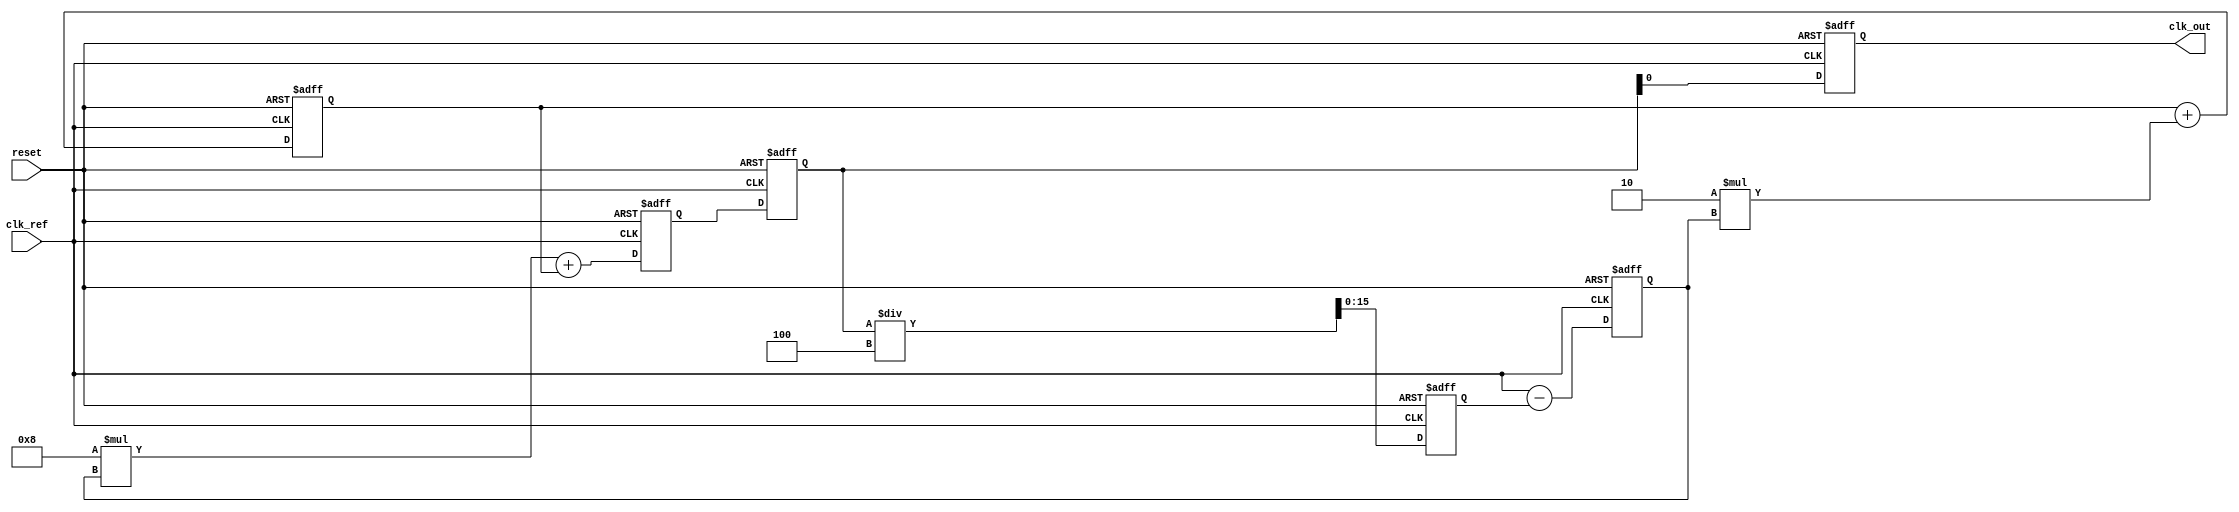
module type2_pll (
    input wire clk_ref,          // Reference clock input
    input wire reset,            // Asynchronous reset
    output reg clk_out           // Output clock
);

    // Parameters
    parameter DIV_RATIO = 4;     // Division ratio for feedback
    parameter Kp = 8;             // Proportional gain
    parameter Ki = 2;             // Integral gain

    // Internal signals
    reg [15:0] phase_error;       // Phase error signal
    reg [15:0] control_voltage;    // Control voltage for VCO
    reg [15:0] vco_output;         // Output frequency of VCO
    reg [15:0] feedback;           // Feedback signal from divider
    reg [15:0] integrator;         // Integrator for loop filter

    // Phase Detector (PD)
    always @(posedge clk_ref or posedge reset) begin
        if (reset) begin
            phase_error <= 0;
        end else begin
            // Simple phase comparison logic (placeholder)
            // Assume phase_error is calculated based on reference and feedback
            phase_error <= clk_ref - feedback; // Placeholder logic
        end
    end

    // Loop Filter (Type-2)
    always @(posedge clk_ref or posedge reset) begin
        if (reset) begin
            integrator <= 0;
            control_voltage <= 0;
        end else begin
            // Proportional term
            control_voltage <= (Kp * phase_error) + integrator;
            // Integrator term (simplified)
            integrator <= integrator + (Ki * phase_error);
        end
    end

    // Voltage-Controlled Oscillator (VCO)
    always @(posedge clk_ref or posedge reset) begin
        if (reset) begin
            vco_output <= 0;
        end else begin
            // VCO output frequency controlled by control voltage
            vco_output <= control_voltage; // Simplified VCO behavior
        end
    end

    // Feedback Divider
    always @(posedge clk_ref or posedge reset) begin
        if (reset) begin
            feedback <= 0;
        end else begin
            // Feedback division logic
            feedback <= vco_output / DIV_RATIO; // Placeholder for feedback
        end
    end

    // Output clock generation
    always @(posedge clk_ref or posedge reset) begin
        if (reset) begin
            clk_out <= 0;
        end else begin
            // Output clock logic based on VCO output
            clk_out <= vco_output; // Placeholder for output clock
        end
    end

endmodule